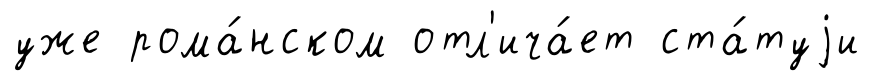
уже рома́нском отл'ича́ет ста́туjи